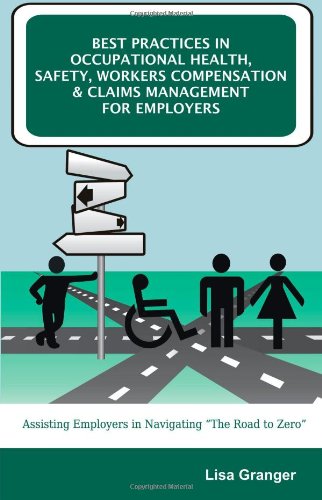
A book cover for Best Practices in Occupational Health, Safety, Workers Compensation and Claims Management for Employers: Assisting Employers in Navigating "The Road to Zero"; Lisa Granger; Business & Money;